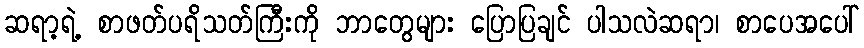
ဆရာ့ရဲ့ စာဖတ်ပရိသတ်ကြီးကို ဘာတွေများ ပြောပြချင် ပါသလဲဆရာ၊ စာပေအပေါ်